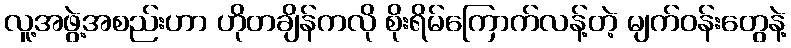
လူ့အဖွဲ့အစည်းဟာ ဟိုတချိန်ကလို စိုးရိမ်ကြောက်လန့်တဲ့ မျက်ဝန်းတွေနဲ့